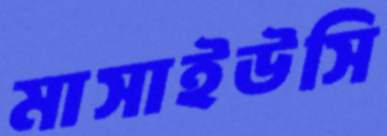
মাসাইউসি